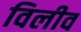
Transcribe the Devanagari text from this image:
विलीव